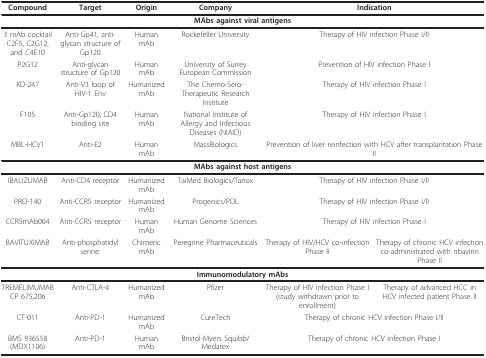
<table><thead><tr><td><b>Compound</b></td><td><b>Target</b></td><td><b>Origin</b></td><td><b>Company</b></td><td colspan="2"><b>Indication</b></td></tr></thead><tbody><tr><td colspan="6"><b>MAbs against viral antigens</b></td></tr><tr><td>3 mAb cocktailC2F5, C2G12, and C4E10</td><td>Anti-Gp41, anti-glycan structure of Gp120</td><td>Human mAb</td><td>Rockefeller University</td><td colspan="2">Therapy of HIV infection Phase I/II</td></tr><tr><td>P2G12</td><td>Anti-glycan structure of Gp120</td><td>Human mAb</td><td>University of SurreyEuropean Commission</td><td colspan="2">Prevention of HIV infection Phase I</td></tr><tr><td>KD-247</td><td>Anti-V3 loop of HIV-1 Env</td><td>Humanized mAb</td><td>The Chemo-Sero-Therapeutic Research Institute</td><td colspan="2">Therapy of HIV infection Phase I</td></tr><tr><td>F105</td><td>Anti-Gp120, CD4 binding site</td><td>Human mAb</td><td>National Institute of Allergy and Infectious Diseases (NIAID)</td><td colspan="2">Therapy of HIV infection Phase I</td></tr><tr><td>MBL-HCV1</td><td>Anti-E2</td><td>Human mAb</td><td>MassBiologics</td><td colspan="2">Prevention of liver reinfection with HCV after transplantation Phase II</td></tr><tr><td colspan="6"><b>MAbs against host antigens</b></td></tr><tr><td>IBALIZUMAB</td><td>Anti-CD4 receptor</td><td>Humanized mAb</td><td>TaiMed Biologics/Tanox</td><td colspan="2">Therapy of HIV infection Phase I/II</td></tr><tr><td>PRO-140</td><td>Anti-CCR5 receptor</td><td>Humanized mAb</td><td>Progenics/PDL</td><td colspan="2">Therapy of HIV infection Phase I/II</td></tr><tr><td>CCR5mAb004</td><td>Anti-CCR5 receptor</td><td>Human mAb</td><td>Human Genome Sciences</td><td colspan="2">Therapy of HIV infection Phase I</td></tr><tr><td>BAVITUXIMAB</td><td>Anti-phosphatidyl serine.</td><td>Chimeric mAb</td><td>Peregrine Pharmaceuticals</td><td>Therapy of HIV/HCV co-infection Phase II</td><td>Therapy of chronic HCV infection co-administrated with ribavirin Phase II</td></tr><tr><td colspan="6"><b>Immunomodulatory mAbs</b></td></tr><tr><td>TREMELIMUMABCP 675,206</td><td>Anti-CTLA-4</td><td>Humanized mAb</td><td>Pfizer</td><td>Therapy of HIV infection Phase I (study withdrawn prior to enrollment)</td><td>Therapy of advanced HCC in HCV infected patient Phase II</td></tr><tr><td>CT-011</td><td>Anti-PD-1</td><td>Humanized mAb</td><td>CureTech</td><td colspan="2">Therapy of chronic HCV infection Phase I/II</td></tr><tr><td>BMS 936558(MDX1106)</td><td>Anti-PD-1</td><td>Human mAb</td><td>Bristol-Myers Squibb/Medarex</td><td colspan="2">Therapy of chronic HCV infection Phase I</td></tr></tbody></table>